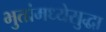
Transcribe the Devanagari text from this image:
भुतांमध्येसुद्धा